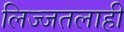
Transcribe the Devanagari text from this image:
लिज्जतलाही